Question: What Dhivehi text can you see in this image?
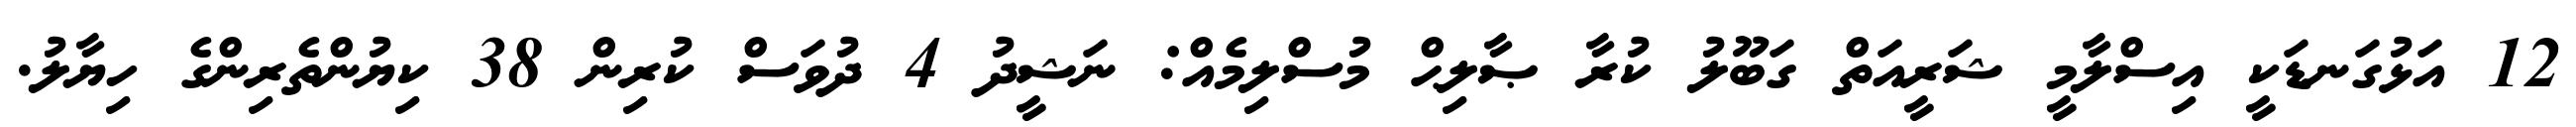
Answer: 12 އަޅުގަނޑަކީ އިސްލާމީ ޝަރީއަތް ގަބޫލު ކުރާ ޞާލިޙް މުސްލިމެއް: ނަޝީދު 4 ދުވަސް ކުރިން 38 ކިޔުންތެރިންގެ ހިޔާލު.